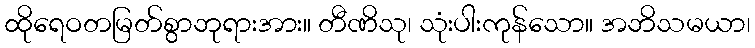
ထိုရေဝတမြတ်စွာဘုရားအား။ တီဏိသု၊ သုံးပါးကုန်သော။ အဘိသမယာ၊